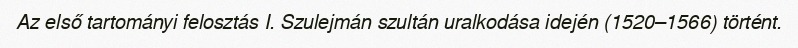
Az első tartományi felosztás I. Szulejmán szultán uralkodása idején (1520–1566) történt.